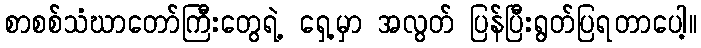
စာစစ်သံဃာတော်ကြီးတွေရဲ့ ရှေ့မှာ အလွတ် ပြန်ပြီးရွတ်ပြရတာပေါ့။